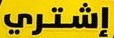
إشتري